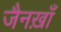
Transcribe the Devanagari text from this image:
जैनख़ाँ